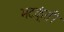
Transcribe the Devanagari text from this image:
भटक्ंती